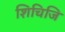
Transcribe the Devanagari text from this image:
शिचिजि